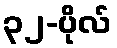
၃၂-ပိုလ်